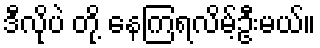
ဒီလိုပဲ တို့ နေကြရလိမ့်ဦးမယ်။